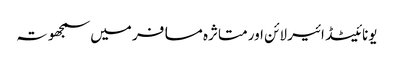
یونائیٹڈ ائیر لائن اور متاثرہ مسافر میں سمجھوتہ